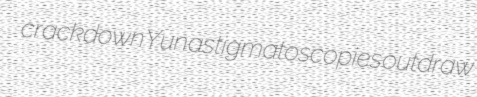
crackdown Yun astigmatoscopies outdraw